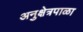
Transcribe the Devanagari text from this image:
अनुक्षेत्रपाळा